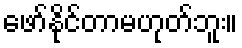
ဖော်နိုင်တာမဟုတ်ဘူး။